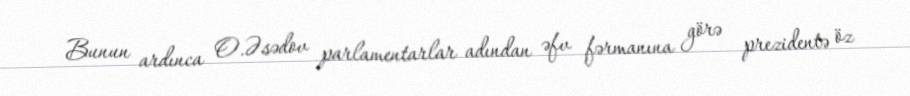
Bunun ardınca O.Əsədov parlamentarlar adından əfv fərmanına görə prezidentə öz